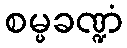
စမ္မခဏ္ဍံ